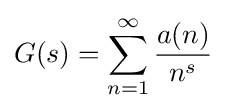
G(s)=\sum _{n=1}^{\infty }{\frac {a(n)}{n^{s}}}